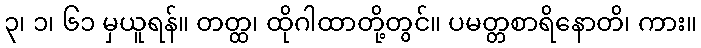
၃၊ ၁၊ ၆၁ မှယူရန်။ တတ္ထ၊ ထိုဂါထာတို့တွင်။ ပမတ္တစာရိနောတိ၊ ကား။